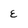
Character: E